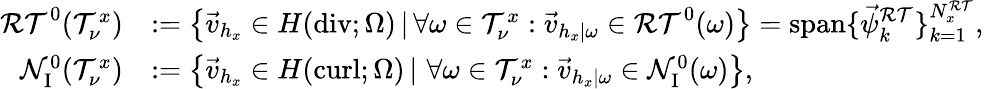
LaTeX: \begin{array}{rl}{\mathcal{RT}^{0}(\mathcal T_{\nu}^{x})}&{:=\left\{ \vec{v}_{h_{x}}\in H(\mathrm{div};\Omega)\, |\, \forall\omega\in\mathcal T_{\nu}^{x}:\vec{v}_{h_{x}|\omega}\in\mathcal{RT}^{0}(\omega)\right\} =\mathrm{span}\{ \vec{\psi}_{k}^{\mathcal{RT}}\} _{k=1}^{N_{x}^{\mathcal{RT}}},}\\ {\mathcal N_{\mathrm{I}}^{0}(\mathcal T_{\nu}^{x})}&{:=\left\{ \vec{v}_{h_{x}}\in H(\operatorname{curl};\Omega)\, |\, \, \forall\omega\in\mathcal T_{\nu}^{x}:\vec{v}_{h_{x}|\omega}\in\mathcal N_{\mathrm{I}}^{0}(\omega)\right\} ,}\end{array}